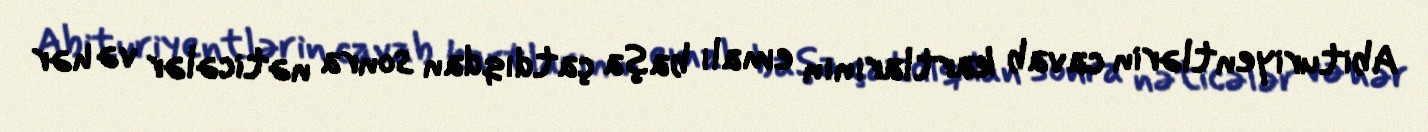
Abituriyentlərin cavab kartlarının emalı başa çatdıqdan sonra nəticələr və hər